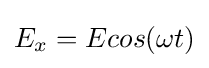
E_{x}=Ecos(\omega t)